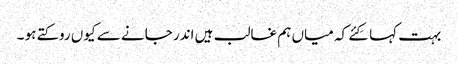
بہت کہا کِئے کہ میاں ہم غالب ہیں اندر جانے سے کیوں روکتے ہو ۔